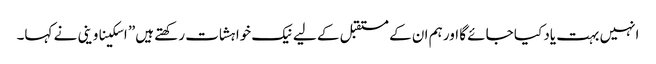
انہیں بہت یاد کیا جائے گا اور ہم ان کے مستقبل کے لیے نیک خواہشات رکھتے ہیں” اسکیناوینی نے کہا۔